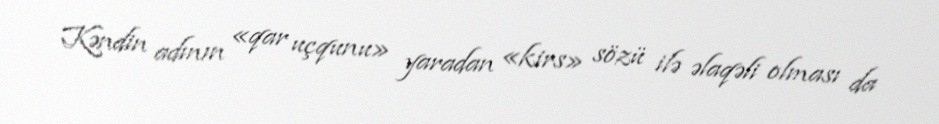
Kəndin adının «qar uçqunu» yaradan «kirs» sözü ilə əlaqəli olması da